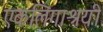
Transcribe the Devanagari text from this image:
एकलिंगाश्रयी